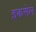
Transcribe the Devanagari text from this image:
इकसेल